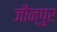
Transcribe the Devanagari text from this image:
जौन्पुर